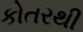
કોતરથી